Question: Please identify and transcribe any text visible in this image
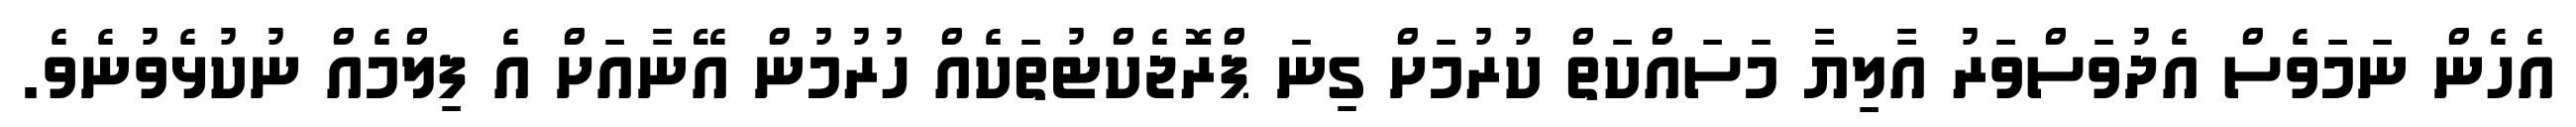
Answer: އެހެން ނަމަވެސް އެދުވަސްވަރު އާލިޔާ މަސައްކަތް ކުރުމަށް ގިނަ ޕްރޮޖެކްޓުތަކެއް ހުރުމުން އޭނާއަށް އެ ފިލްމެއް ނުކުޅެވުނެވެ.